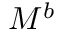
M ^ { b }